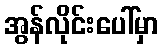
အွန်လိုင်းပေါ်မှာ